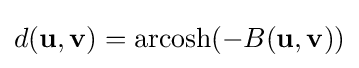
d(\mathbf {u} ,\mathbf {v} )=\operatorname {arcosh} (-B(\mathbf {u} ,\mathbf {v} ))